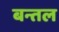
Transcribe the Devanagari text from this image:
बन्तल